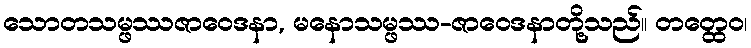
သောတသမ္ဖဿဇာဝေဒနာ, မနောသမ္ဖဿ-ဇာဝေဒနာတို့သည်။ တတ္ထေဝ၊